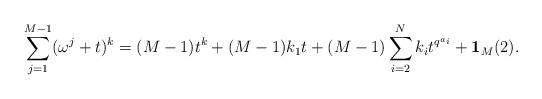
LaTeX: \begin{align*}\sum_{j=1}^{M-1} (\omega^j+t)^k = (M-1)t^k+(M-1)k_1t+(M-1)\sum_{i=2}^N k_i t^{q^{a_i}}+\mathbf{1}_M(2).\end{align*}